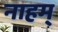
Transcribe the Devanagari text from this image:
नाहम्